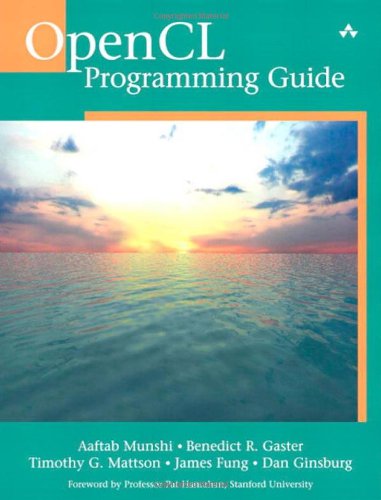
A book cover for OpenCL Programming Guide; Aaftab Munshi; Computers & Technology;